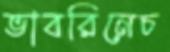
ভাবরিনেচ